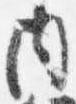
内